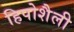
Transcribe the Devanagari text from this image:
हिपोशैली